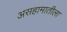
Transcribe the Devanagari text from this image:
असहामातीला